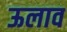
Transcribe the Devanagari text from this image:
ऊलाव